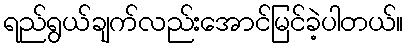
ရည်ရွယ်ချက်လည်းအောင်မြင်ခဲ့ပါတယ်။